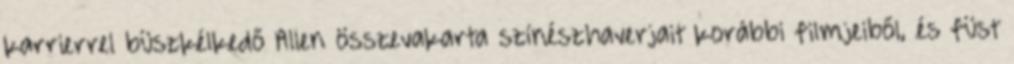
karrierrel büszkélkedő Allen összevakarta színészhaverjait korábbi filmjeiből, és füst